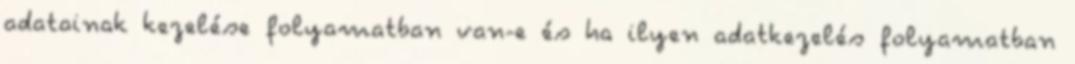
adatainak kezelése folyamatban van-e és ha ilyen adatkezelés folyamatban